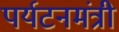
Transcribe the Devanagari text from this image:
पर्यटनमंत्री